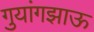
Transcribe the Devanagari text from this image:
गुयांगझाऊ